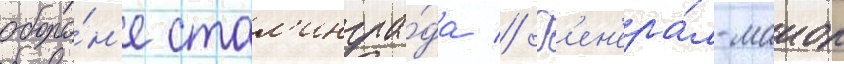
оборо́н'е стал'ингра́да // Г'ен'ера́л-маиор